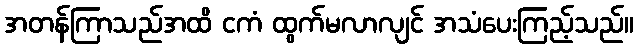
အတန်ကြာသည်အထိ ငကံ ထွက်မလာလျင် အသံပေးကြည့်သည်။